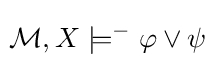
\!{\mathcal {M}},X\models ^{-}\varphi \vee \psi